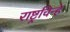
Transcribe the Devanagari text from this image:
राष्ट्रचिन्हे